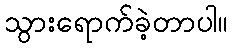
သွားရောက်ခဲ့တာပါ။